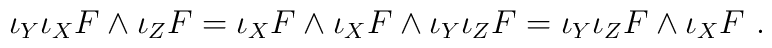
\iota_Y \iota_X F \wedge \iota_Z F = \iota_X F \wedge \iota_X F  \wedge \iota_Y \iota_Z F= \iota_Y \iota_Z F\wedge \iota_X F~.